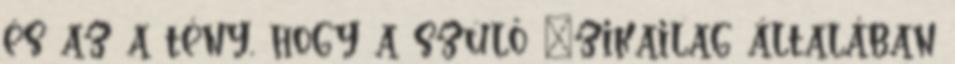
és az a tény, hogy a szülő ﬁzikailag általában